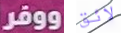
ووفر لائق